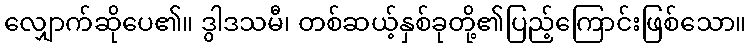
လျှောက်ဆိုပေ၏။ ဒွါဒသမီ၊ တစ်ဆယ့်နှစ်ခုတို့၏ပြည့်ကြောင်းဖြစ်သော။